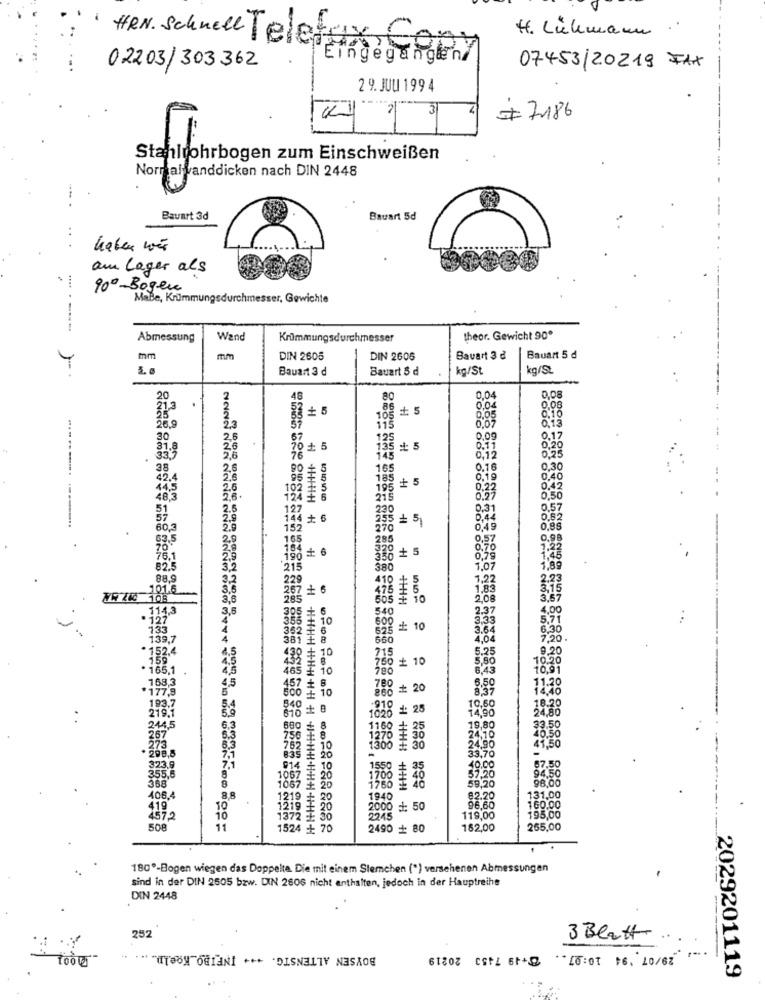
4. Lühmann ."
HRN. Schnell Teletus Con
Eingegangen
02203/303362
07453/20219 FAX
2 9. JUU 199 4
3
# 7186
stahlrohrbogen zum Einschweißen
Normal vanddicken nach DIN 2448
Bauart 3d
Bauart 5d
..
am lager als
90º -Bogen
MaBe, Krümmungsdurchmesser, Gewichte
-----
Abmessung
Wand
Krümmungsdurchmesser
theor. Gewicht 90º
mm
mm
DIN 2605
DIN 2605
Bauart 3 d
Bauart 5 d
Bauart 3 d
Bauart 5 d
kg/St
kg/St
20
48
80
0,04
0,08
.
0,04
0.08
0,05
0,10
0.13
28.9
2,3
115
30
2,6
67
125
0.09
0.17
26
70 + 5
155
5 : 5
0.11
0,20
0.25
33,5
2,6
76
145
0,12
28
2.6
165
0.76
0.30
42.4
2.6
185
+ 5
0,19
0.40
44,5
2.6
102 E
195
0,22
48,3
2,6.
124
215
0,27
0.50
51
2.5
127
230
0,31
0,57
--------- -----...
2.9
144 + 6
5 + 5
0,4
0.62
60,3
2.9
152
270
0,49
0,88
63.5
20
165
285
0,98
190 * 6
o + 5
1.22
76.1
2.9
1:45
82.5
3,2
215
380
1,07
1,89
88,9
3.2
229
410
1.22
2,23
101.6
3,6
267 + 6
475 £ 5
1,83
3,15
79 210 108
3,6
285
505 # 10
208
3,57
114,3
3.5
305 + 6
540
2.37
4.00
127
355
10
600
3,3
5,71
133
362 6
t 10
3.64
6.30
139,7
381 #
660
4.04
7,20.
52.4
1,5
:10
215
5.25
9,20
4.5
50 + 10
5,80
10.20
. 165,1
465
: 10
8.43
10,91
168,3
4,5
457 +
6,50
*177,8
5
500
10
780
# 20
8'37
11.20
193,7
10,60
219,1
5.4
5.9
610 1 8
1020 #2
-910
14,90
24,80
244,5
6.3
680
19,80
33.50
6.3
1270 33
24.10
10.50
41.50
298.8
6.3
762
24,90
835
20
-
33,70
323 9
355.6
914
E 10
1558 =
10.00
94.50
67,50
8
1067
170% £ 4
98.00
358
8
1057
E 20
59,20
406.4
8,8
1219
1940
€2.20
131,00
419
10
1219
2000 : 50
96,60
160.00
2572
10
1372
119,00
195,00
508
11
1524
2490 + 80
182,00
265,00
180º-Bogen wiegen das Doppelte. Die mit einem Stemchen (") verschenen Abmessungen
sind in der DIN 2605 bzw. DIN 2606 nicht enthalten, jedoch in der Hauptreihe
DIN 2448
252
3 Blatt
BOYSEN ALTENSTG. +++ INFIBO_Koeln. ...
** [0:00 $6. 10/67
2029201119